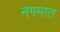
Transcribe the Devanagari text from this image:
नगमात